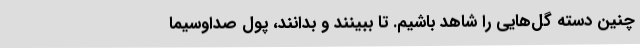
چنین دسته گل‌هایی را شاهد باشیم. تا ببینند و بدانند، پول صداوسیما